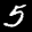
Label: 5